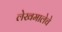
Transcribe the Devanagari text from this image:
लेखमालेचे